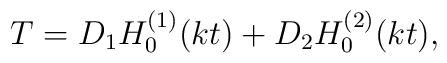
T=D_1 H_0^{(1)}(kt)+D_2 H_0^{(2)}(kt),